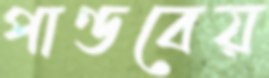
পাণ্ডবেয়